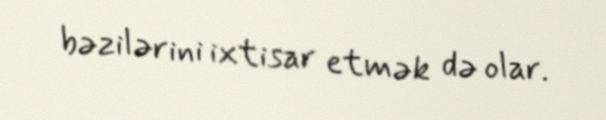
bəzilərini ixtisar etmək də olar.